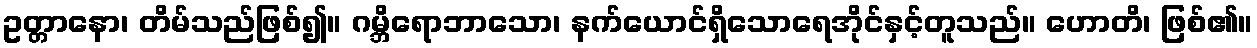
ဥတ္တာနော၊ တိမ်သည်ဖြစ်၍။ ဂမ္ဘိရောဘာသော၊ နက်ယောင်ရှိသောရေအိုင်နှင့်တူသည်။ ဟောတိ၊ ဖြစ်၏။